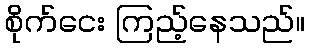
စိုက်ငေး ကြည့်နေသည်။